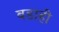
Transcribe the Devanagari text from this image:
बडाही